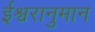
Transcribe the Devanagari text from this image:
ईश्वरानुमान